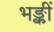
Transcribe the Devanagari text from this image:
भङ्कीं